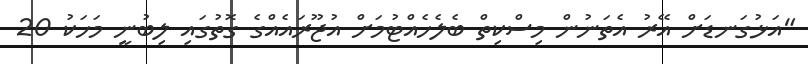
"އަޅުގަނޑަށް އޭރު އެތަނުން މިސްކިތް ބެލެހެއްޓުމަށް އުޖޫރައެއްގެ ގޮތުގައި ލިބުނީ މަހަކު 20